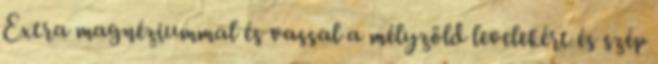
Extra magnéziummal és vassal a mélyzöld levelekért és szép